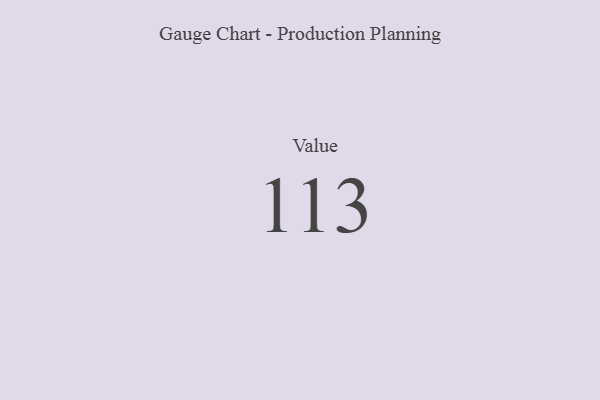
{"axis": {"x": "Metric", "y": "Value"}, "legend": [""], "data": [{"x": "Value", "y": 113, "type": ""}]}